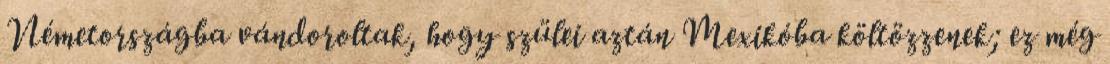
Németországba vándoroltak, hogy szülei aztán Mexikóba költözzenek; ez még